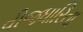
વીજધારિતા